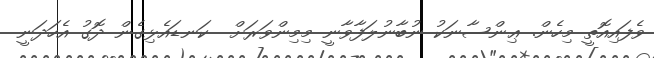
ވެފައިއޮތީ މިހެން. ޢިންސާނަކު ނުބާނުލަފާވާނީ މިމިންވަރަށް  ކަނޑައެޅިގެން ދޮގު އެހަދަނީ